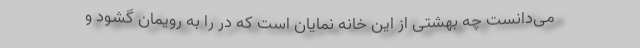
می‌دانست چه بهشتی از این خانه نمایان است که در را به رویمان گشود و